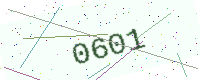
Text: 0601